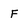
Character: F